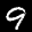
Label: 9